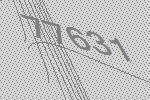
77631